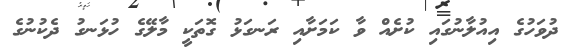
ދުވަހުގެ އިއުލާނުގައި ކުށެއް ވާ ކަމަށާއި ރަނގަޅު ގޮތަކީ މާލޭގެ ހުޅަނގު ދެކުނުގެ